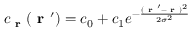
c _ { \textbf { r } } ( \textbf { r } ^ { \prime } ) = c _ { 0 } + c _ { 1 } e ^ { - \frac { ( \textbf { r } ^ { \prime } - \textbf { r } ) ^ { 2 } } { 2 \sigma ^ { 2 } } }